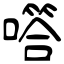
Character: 㗳